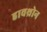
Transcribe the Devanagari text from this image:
हावथ्रोन